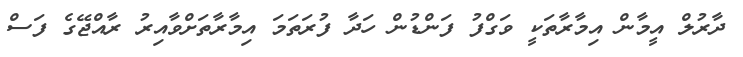
ދާރުލް އީމާން އިމާރާތަކީ ވަގްފު ފަންޑުން ހަދާ ފުރަތަމަ އިމާރާތަށްވާއިރު ރާއްޖޭގެ ފަސް